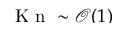
\smash { \mathrm { ~ K ~ n ~ } \sim \mathcal { O } ( 1 ) }